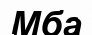
Мба